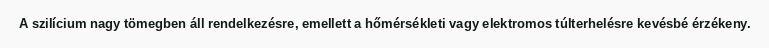
A szilícium nagy tömegben áll rendelkezésre, emellett a hőmérsékleti vagy elektromos túlterhelésre kevésbé érzékeny.